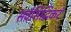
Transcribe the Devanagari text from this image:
सर्वसिद्धिकरं